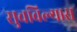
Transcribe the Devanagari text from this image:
सुचविल्यास